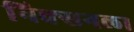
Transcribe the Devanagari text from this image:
निक्सनला